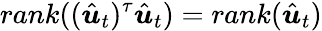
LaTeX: rank((\hat{\boldsymbol{u}}_{t})^{\tau}\hat{\boldsymbol{u}}_{t})=rank(\hat{\boldsymbol{u}}_{t})